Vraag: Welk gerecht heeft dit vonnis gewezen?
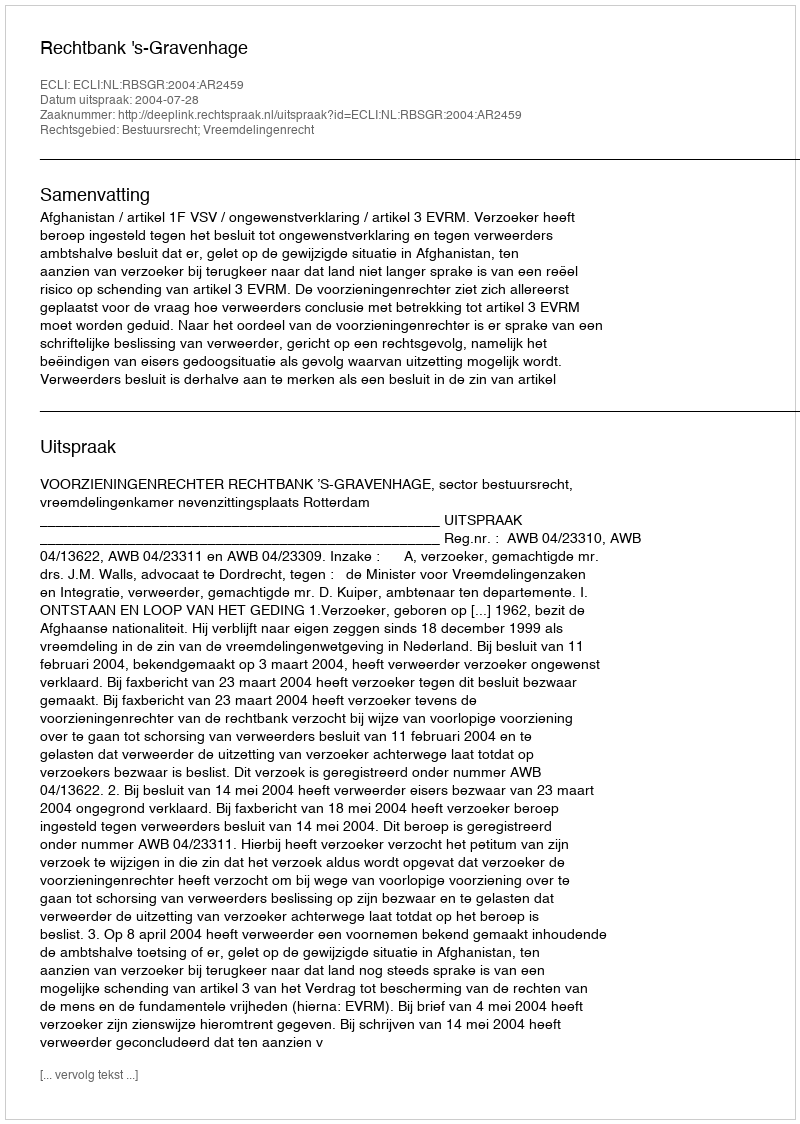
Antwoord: Rechtbank 's-Gravenhage